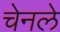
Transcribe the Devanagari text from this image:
चेनले